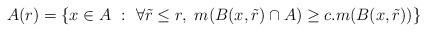
LaTeX: \begin{align*} {A(r) =\left\{x\in A \ : \ \forall \tilde{r}\leq r, \ m(B(x,\tilde{r})\cap A)\geq c.m(B(x,\tilde{r}))\right\}} \end{align*}